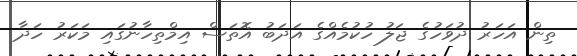
ތިން އަހަރު ދުވަހުގެ ޖަލު ހުކުމެއްގެ އަދަބު އޮތަސް އިމްތިހާނުގައި މަކަރު ހަދާ